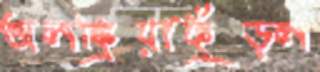
অলঙ্ক্রিয়াফুঁড়ল